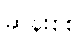
ဆန်းစစ်